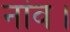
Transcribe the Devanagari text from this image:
नांव।